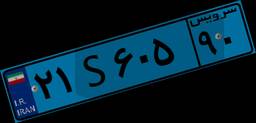
۲۱S۶۰۵۹۰